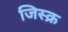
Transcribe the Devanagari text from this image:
जिस्क्र